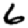
Digit: 6